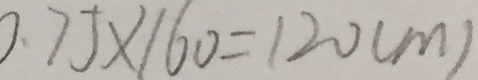
0 . 7 5 \times 1 6 0 = 1 2 0 ( m )